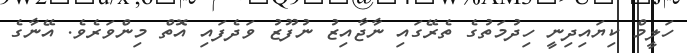
ހަލީމް ކިޔައިދިނީ ހިދުމަތުގެ ތެރޭގައި ނާޖާއިޒު ނުފޫޒު ވަދެފައި އޮތް މިންވަރެވެ. އޭނާގެ